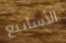
الأسابيع